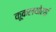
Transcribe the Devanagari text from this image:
कूकलथोराई